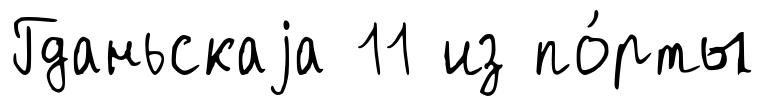
Гданьскаjа 11 из по́рты